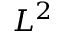
L ^ { 2 }